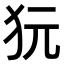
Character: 𤝌